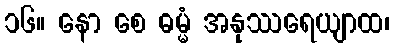
၁၆။ နော စေ ဓမ္မံ အနုဿရေယျာထ၊